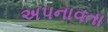
અપનાવતા